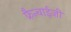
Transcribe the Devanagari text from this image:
फ्रैन्चाईज़ी